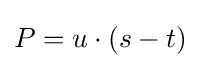
P=u\cdot (s-t)